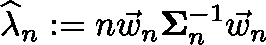
\widehat { \lambda } _ { n } : = n \vec { w } _ { n } \mathbf { \Sigma } _ { n } ^ { - 1 } \vec { w } _ { n }